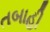
તબાહી